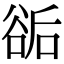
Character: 𧮶